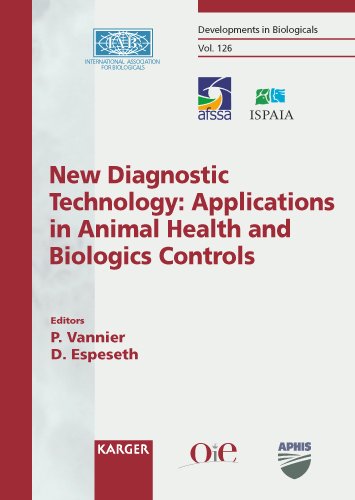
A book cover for New Diagnostic Technology: Applications in Animal Health and Biologics Controls: International Conference, Saint-Malo, October 2005: Proceedings (Developments in Biologicals, Vol. 126); Medical Books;